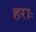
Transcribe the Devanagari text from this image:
हराः